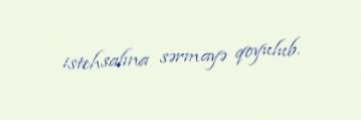
istehsalına sərmayə qoyulub.